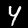
Label: 4